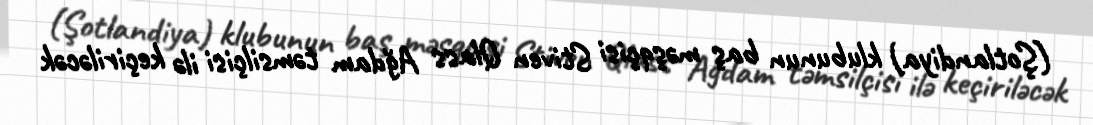
(Şotlandiya) klubunun baş məşqçisi Stiven Qlass Ağdam təmsilçisi ilə keçiriləcək